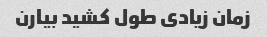
زمان زیادی طول کشید بیارن